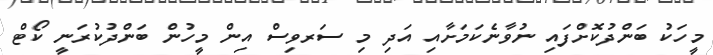
މީހަކު ބަންދުކޮށްފައި ނުވާނެކަމަށާއި އަދި މި ސަރވިސް އިން މީހުން ބަންދުކުރަނީ ކޯޓް